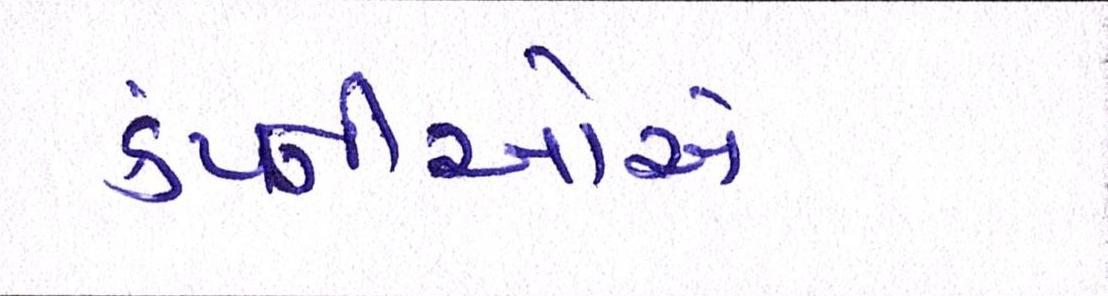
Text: કંપ્નીઓએ